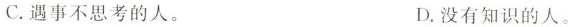
C.遇事不思考的人。 D.没有知识的人。